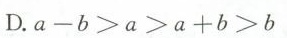
D.$$a - b > a > a + b > b$$